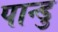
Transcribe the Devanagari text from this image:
पान्डु